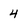
Character: 4